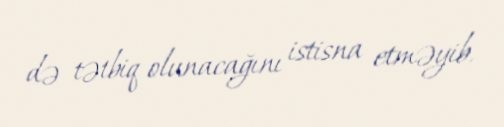
də tətbiq olunacağını istisna etməyib.